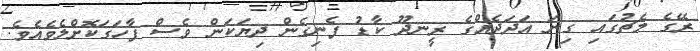
ރޭގެ މެޗުގައި ގިނަ އަދަދެއްގެ ރީނދޫ ކާޑު ފެނިގެން ދިޔަކަން ވެސް ފާހަގަކޮށްލެވެއެވެ.